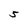
Character: 5